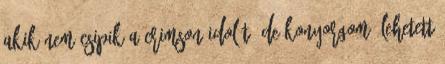
akik nem csipik a Crimson idol-t, de konyorgom, lehetett